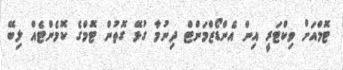
ޓޮމްއަށް ވިކްޓަރީ އިން އެންޑޯޒްމަންޓް ދިނުމާ ގުޅޭ ގޮތުން ޓޮމްގެ ކޮމެންޓެއް ލިބޭ